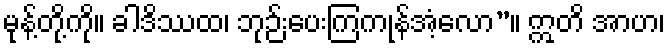
မုန့်တို့ကို။ ခါဒိဿထ၊ ဘုဉ်းပေးကြကုန်အံ့လော”။ ဣတိ အာဟ၊